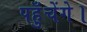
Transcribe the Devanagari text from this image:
पहुँचेंगे।